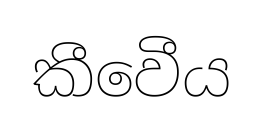
කීවෙීය